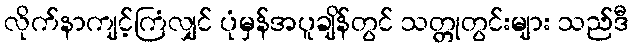
လိုက်နာကျင့်ကြံလျှင် ပုံမှန်အပူချိန်တွင် သတ္တုတွင်းများ သည်ဒီ